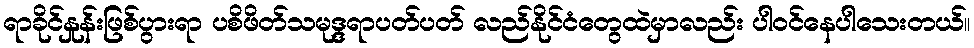
ရာခိုင်နှုန်းဖြစ်ပွားရာ ပစိဖိတ်သမုဒ္ဒရာပတ်ပတ် လည်နိုင်ငံတွေထဲမှာလည်း ပါဝင်နေပါသေးတယ်။